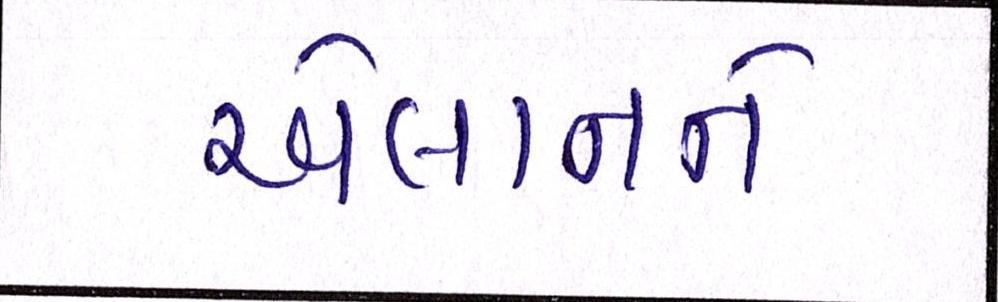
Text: એલાનને